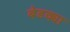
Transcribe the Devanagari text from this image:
बेडक्या